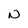
Character: N